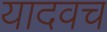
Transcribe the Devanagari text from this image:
यादवच